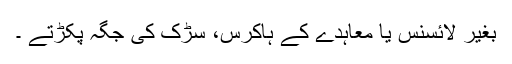
بغیر لائسنس یا معاہدے کے ہاکرس، سڑک کی جگہ پکڑتے ۔